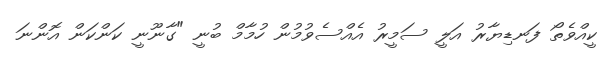
ކީއްވެތޯ ފަނޑިޔާރު އަލީ ސަމީރު އެއްސެވުމުން ހުމާމް ބުނީ "ގާނޫނީ ކަންކަން އޮންނަ